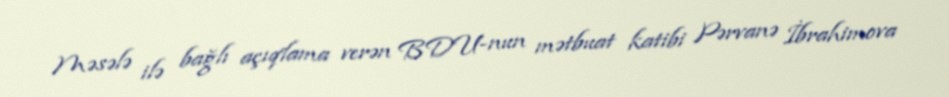
Məsələ ilə bağlı açıqlama verən BDU-nun mətbuat katibi Pərvanə İbrahimova